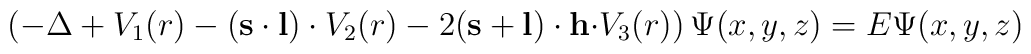
\left( -\Delta +V_1(r)-\left( {\bf s\cdot l}\right) \cdot V_2(r)-2({\bf s+l})\cdot {\bf h\cdot }V_3(r)\right) \Psi (x,y,z)=E\Psi (x,y,z)